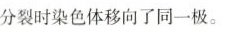
分裂时染色体移向了同一极。